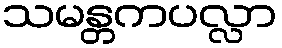
သမန္တကပလ္လာ